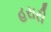
હરારી